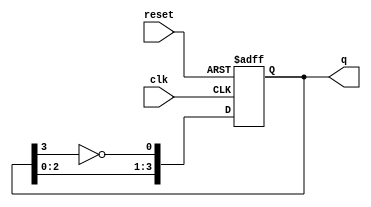
module johnson_counter #(
    parameter N = 4 // Number of flip-flops
)(
    input wire clk,           // Clock input
    input wire reset,         // Asynchronous reset
    output reg [N-1:0] q      // Output state of the counter
);

// Always block for the Johnson counter
always @(posedge clk or posedge reset) begin
    if (reset) begin
        // Reset the counter to known state (all zeros)
        q <= {N{1'b0}};
    end else begin
        // Johnson counter logic: Shift left and feedback inverted last flip-flop
        q <= {q[N-2:0], ~q[N-1]};
    end
end

endmodule